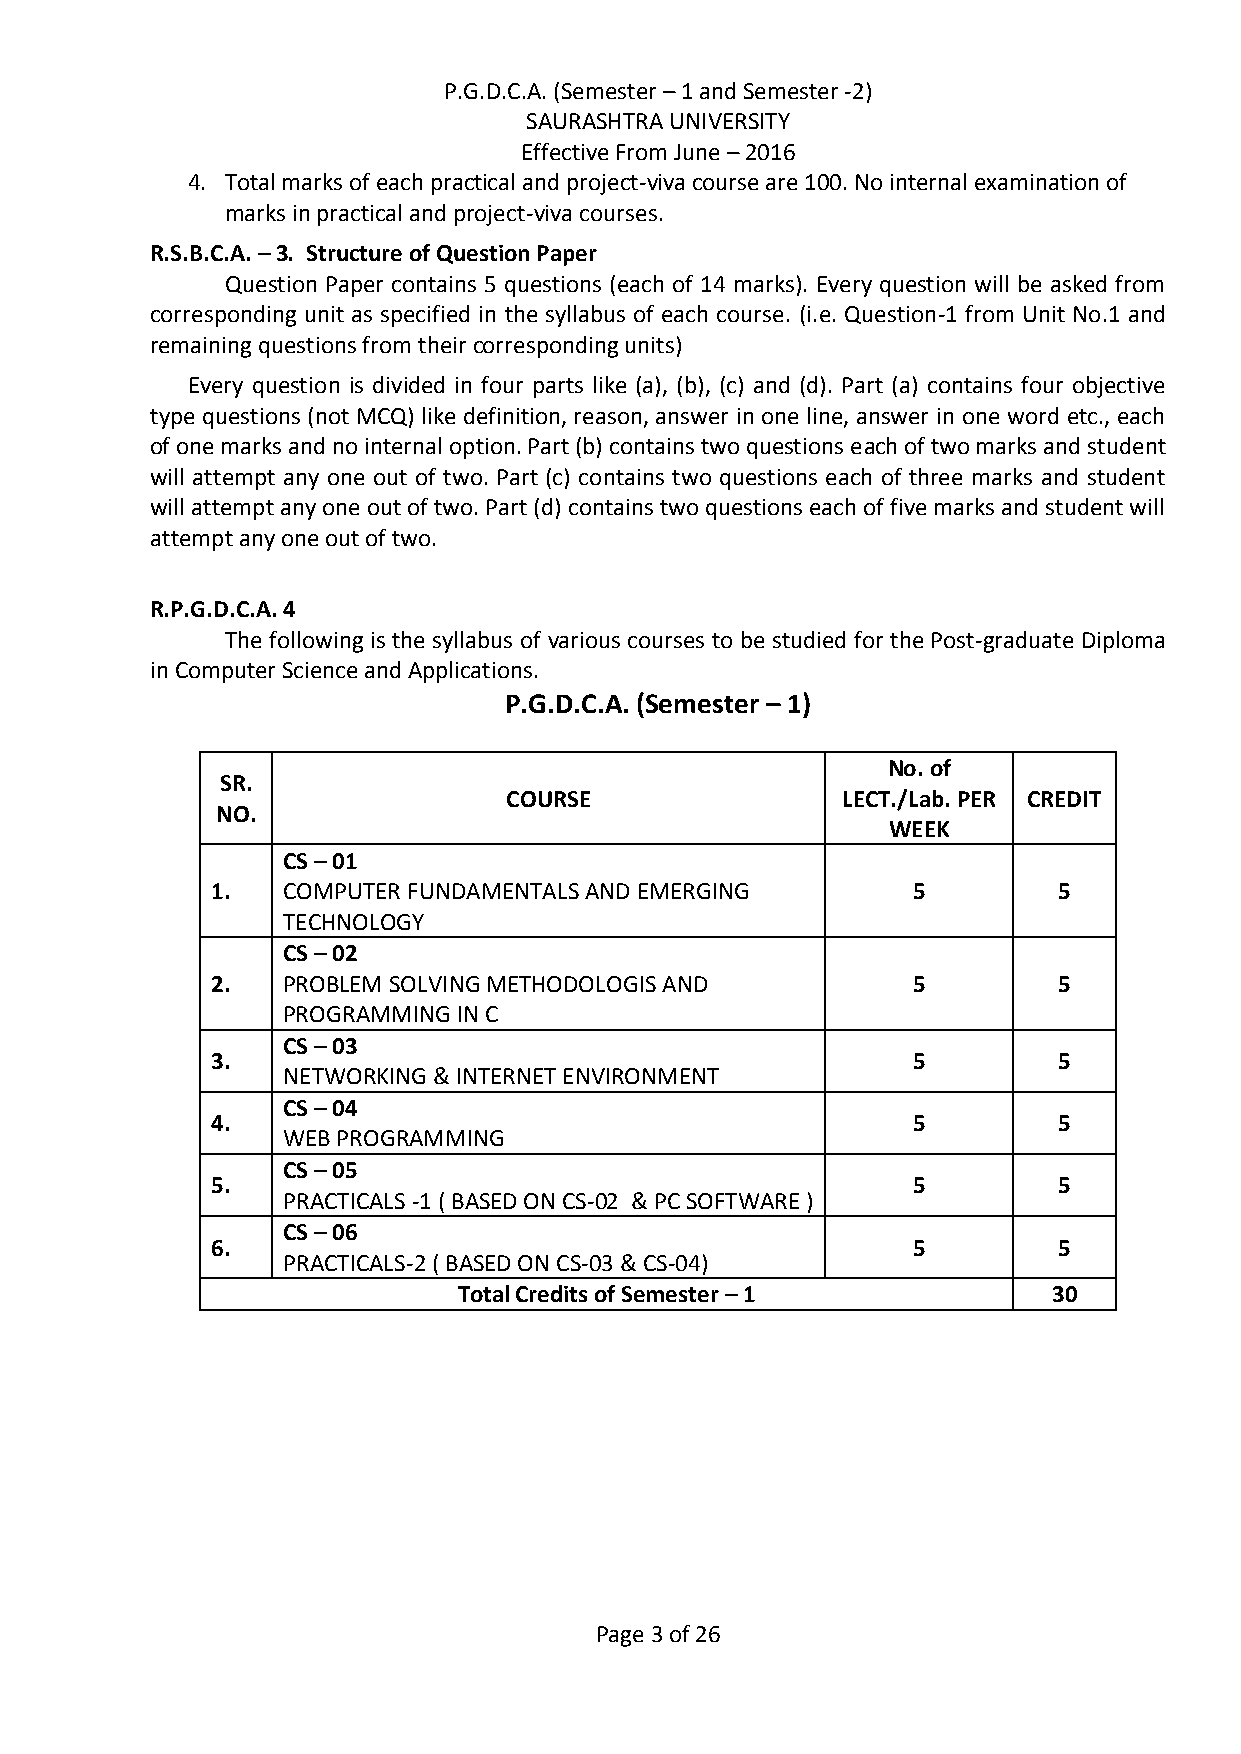
P.G.D.C.A. (Semester – 1 and Semester -2)
 SAURASHTRA UNIVERSITY
 Effective From June – 2016
 4. Total marks of each practical and project-viva course are 100. No internal examination of
 marks in practical and project-viva courses.
 R.S.B.C.A. – 3. Structure of Question Paper
 Question Paper contains 5 questions (each of 14 marks). Every question will be asked from
 corresponding unit as specified in the syllabus of each course. (i.e. Question-1 from Unit No.1 and
 remaining questions from their corresponding units)
 Every question is divided in four parts like (a), (b), (c) and (d). Part (a) contains four objective
 type questions (not MCQ) like definition, reason, answer in one line, answer in one word etc., each
 of one marks and no internal option. Part (b) contains two questions each of two marks and student
 will attempt any one out of two. Part (c) contains two questions each of three marks and student
 will attempt any one out of two. Part (d) contains two questions each of five marks and student will
 attempt any one out of two.
 R.P.G.D.C.A. 4
 The following is the syllabus of various courses to be studied for the Post-graduate Diploma
 in Computer Science and Applications.
 P.G.D.C.A. (Semester – 1)
 No. of
 SR.
 COURSE                LECT./Lab. PER CREDIT
 NO.
 WEEK
 CS – 01
 1.   COMPUTER FUNDAMENTALS AND EMERGING       5         5
 TECHNOLOGY
 CS – 02
 2.   PROBLEM SOLVING METHODOLOGIS AND         5         5
 PROGRAMMING IN C
 CS – 03
 3.                                            5         5
 NETWORKING & INTERNET ENVIRONMENT
 CS – 04
 4.                                            5         5
 WEB PROGRAMMING
 CS – 05
 5.                                            5         5
 PRACTICALS -1 ( BASED ON CS-02 & PC SOFTWARE )
 CS – 06
 6.                                            5         5
 PRACTICALS-2 ( BASED ON CS-03 & CS-04)
 Total Credits of Semester – 1           30
 Page 3 of 26